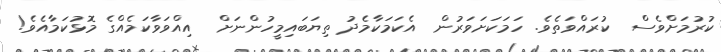
ކުރުމަށްވެސް  ކުރައްވަތެވެ. ހަމަކަށަވަރުން  އެކަމަކާމެދު ތިޔަބައިމީހުންނަށް  އިއްވަވާކަމެއްގެ މޮޅުކަމާއެވެ!